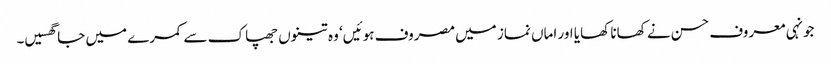
جونہی معروف حسن نے کھانا کھایا اور اماں نماز میں مصروف ہوئیں‘ وہ تینوں جھپاک سے کمرے میں جا گھسیں۔